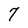
Character: 7